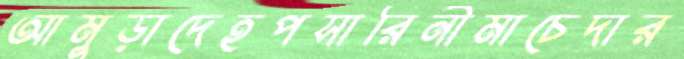
আমুড়াদেহপসারিনীমাচেদার